Annual report of the Punjab Veterinary College and of the Civil Veterinary Department, Punjab - 1926-1932
Year: 1926
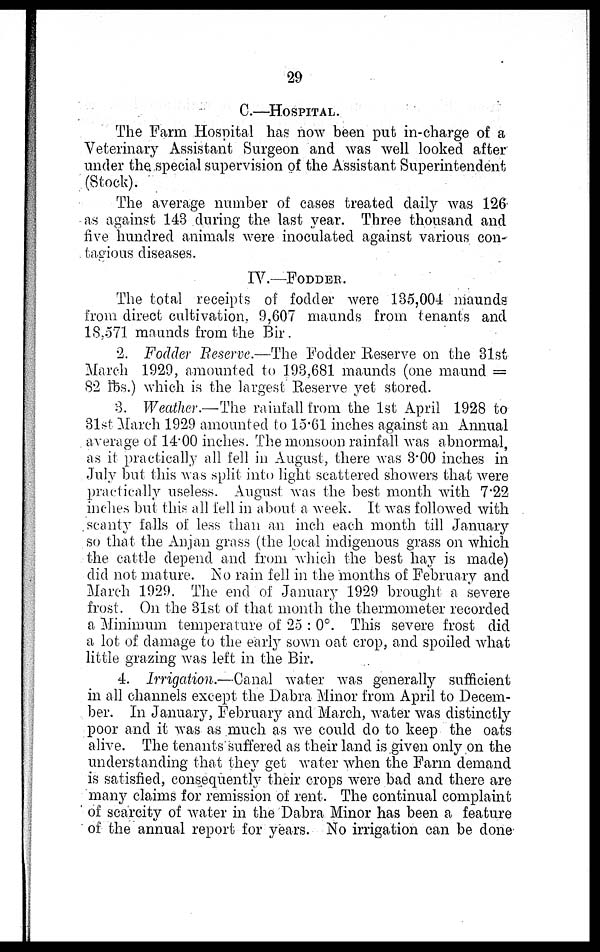
29
C.—HOSPITALS.
The Farm Hospital has now been put in-charge of a
Veterinary Assistant Surgeon and was well looked after
under the special supervision of the Assistant Superintendent
(Stock).
The average number of cases treated daily was 126
as against 143 during the last year. Three thousand and
five hundred animals were inoculated against various con-
tagious diseases.
IV.—FODDER.
The total receipts of fodder were 135,004 maunds
from direct cultivation, 9,607 maunds from tenants and
18,571 maunds from the Bir.
2. Fodder Reserve.—The Fodder Reserve on the 31st
March 1929, amounted to 193,681 maunds (one maund =
82 lbs.) which is the largest Reserve yet stored.
3. Weather.—The rainfall from the 1st April 1928 to
31st March 1929 amounted to 15.61 inches against an Annual
average of 14.00 inches. The monsoon rainfall was abnormal,
as it practically all fell in August, there was 3.00 inches in
July but this was split into light scattered showers that were
practically useless. August was the best month with 7.22
inches but this all fell in about a week. It was followed with
scanty falls of less than an inch each month till January
so that the Anjan grass (the local indigenous grass on which
the cattle depend and from which the best hay is made)
did not mature. No rain fell in the months of February and
March 1929. The end of January 1929 brought a severe
frost. On the 31st of that month the thermometer recorded
a Minimum temperature of 25 : 0°. This severe frost did
a lot of damage to the early sown oat crop, and spoiled what
little grazing was left in the Bir.
4. Irrigation.—Canal water was generally sufficient
in all channels except the Dabra Minor from April to Decem-
ber. In January, February and March, water was distinctly
poor and it was as much as we could do to keep the oats
alive. The tenants suffered as their land is given only on the
understanding that they get water when the Farm demand
is satisfied, consequently their crops were bad and there are
many claims for remission of rent. The continual complaint
of scarcity of water in the Dabra Minor has been a feature
of the annual report for years. No irrigation can be done